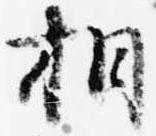
相